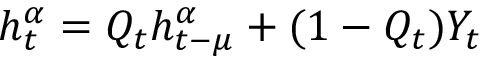
h _ { t } ^ { \alpha } = Q _ { t } h _ { t - \mu } ^ { \alpha } + ( 1 - Q _ { t } ) Y _ { t }